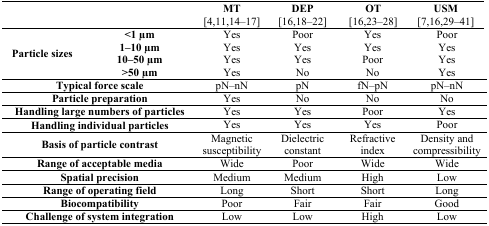
<table><thead><tr><td colspan="2"></td><td><b>MT [4,11,14–17]</b></td><td><b>DEP [16,18–22]</b></td><td><b>OT [16,23–28]</b></td><td><b>USM [7,16,29–41]</b></td></tr></thead><tbody><tr><td rowspan="4"><b>Particle sizes</b></td><td><b>&lt;1 μm</b></td><td>Yes</td><td>Poor</td><td>Yes</td><td>Poor</td></tr><tr><td><b>1–10 μm</b></td><td>Yes</td><td>Yes</td><td>Yes</td><td>Yes</td></tr><tr><td><b>10–50 μm</b></td><td>Yes</td><td>Yes</td><td>Poor</td><td>Yes</td></tr><tr><td><b>&gt;50 μm</b></td><td>Yes</td><td>No</td><td>No</td><td>Yes</td></tr><tr><td colspan="2"><b>Typical force scale</b></td><td>pN–nN</td><td>pN</td><td>fN–pN</td><td>pN–nN</td></tr><tr><td colspan="2"><b>Particle preparation</b></td><td>Yes</td><td>No</td><td>No</td><td>No</td></tr><tr><td colspan="2"><b>Handling large numbers of particles</b></td><td>Yes</td><td>Yes</td><td>Poor</td><td>Yes</td></tr><tr><td colspan="2"><b>Handling individual particles</b></td><td>Yes</td><td>Yes</td><td>Yes</td><td>Poor</td></tr><tr><td colspan="2"><b>Basis of particle contrast</b></td><td>Magnetic susceptibility</td><td>Dielectric constant</td><td>Refractive index</td><td>Density and compressibility</td></tr><tr><td colspan="2"><b>Range of acceptable media</b></td><td>Wide</td><td>Poor</td><td>Wide</td><td>Wide</td></tr><tr><td colspan="2"><b>Spatial precision</b></td><td>Medium</td><td>Medium</td><td>High</td><td>Low</td></tr><tr><td colspan="2"><b>Range of operating field</b></td><td>Long</td><td>Short</td><td>Short</td><td>Long</td></tr><tr><td colspan="2"><b>Biocompatibility</b></td><td>Poor</td><td>Fair</td><td>Fair</td><td>Good</td></tr><tr><td colspan="2"><b>Challenge of system integration</b></td><td>Low</td><td>Low</td><td>High</td><td>Low</td></tr></tbody></table>